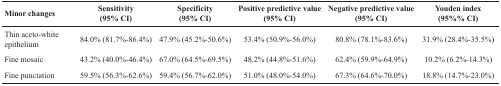
| Minor changes | Sensitivity(95% CI) | Specificity(95% CI) | Positive predictive value(95% CI) | Negative predictive value(95% CI) | Youden index(95%% CI) |
 | --- | --- | --- | --- | --- | --- |
 | Thin aceto-white epithelium | 84.0% (81.7%-86.4%) | 47.9% (45.2%-50.6%) | 53.4% (50.9%-56.0%) | 80.8% (78.1%-83.6%) | 31.9% (28.4%-35.5%) |
 | Fine mosaic | 43.2% (40.0%-46.4%) | 67.0% (64.5%-69.5%) | 48.2% (44.8%-51.6%) | 62.4% (59.9%-64.9%) | 10.2% (6.2%-14.3%) |
 | Fine punctation | 59.5% (56.3%-62.6%) | 59.4% (56.7%-62.0%) | 51.0% (48.0%-54.0%) | 67.3% (64.6%-70.0%) | 18.8% (14.7%-23.0%) |